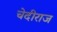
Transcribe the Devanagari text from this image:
चेदीराज